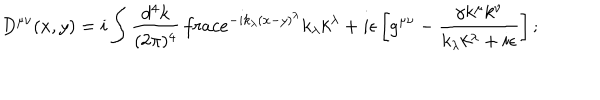
D ^ { \mu \nu } ( x , y ) = i \int \frac { d ^ { 4 } k } { ( 2 \pi ) ^ { 4 } } \, \frac { e ^ { - i k _ { \lambda } ( x - y ) ^ { \lambda } } } { k _ { \lambda } k ^ { \lambda } + i \epsilon } \left[ g ^ { \mu \nu } - \frac { \gamma k ^ { \mu } k ^ { \nu } } { k _ { \lambda } k ^ { \lambda } + i \epsilon } \right] ;